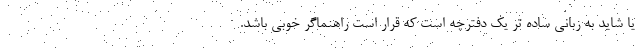
یا شاید به زبانی ساده تر یک دفترچه است که قرار است راهنماگر خوبی باشد.